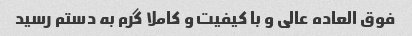
فوق العاده عالی و با کیفیت و کاملا گرم به دستم رسید